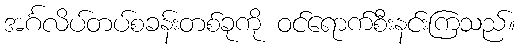
အင်္ဂလိပ်တပ်စခန်းတစ်ခုကို ဝင်ရောက်စီးနင်းကြသည်။